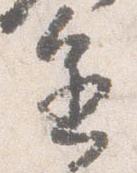
進